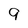
Character: 9